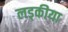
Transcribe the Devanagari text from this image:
लड्कीया